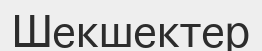
Шекшектер